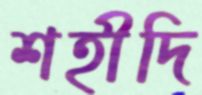
শহীদি